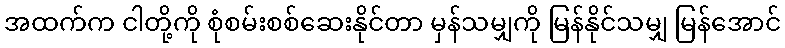
အထက်က ငါတို့ကို စုံစမ်းစစ်ဆေးနိုင်တာ မှန်သမျှကို မြန်နိုင်သမျှ မြန်အောင်